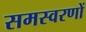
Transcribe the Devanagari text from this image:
समस्वरणों